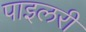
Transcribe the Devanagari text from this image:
पाइलरी